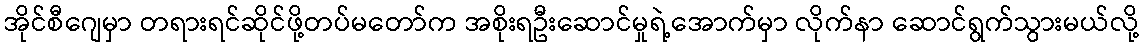
အိုင်စီဂျေမှာ တရားရင်ဆိုင်ဖို့တပ်မတော်က အစိုးရဦးဆောင်မှုရဲ့အောက်မှာ လိုက်နာ ဆောင်ရွက်သွားမယ်လို့